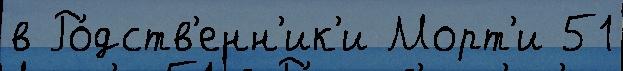
в Ро́дств'енн'ик'и Морт'и 51